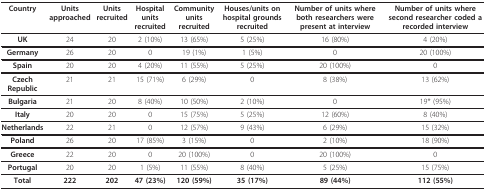
<table><thead><tr><td><b>Country</b></td><td><b>Units approached</b></td><td><b>Units recruited</b></td><td><b>Hospital units recruited</b></td><td><b>Community units recruited</b></td><td><b>Houses/units on hospital grounds recruited</b></td><td><b>Number of units where both researchers were present at interview</b></td><td><b>Number of units where second researcher coded a recorded interview</b></td></tr></thead><tbody><tr><td><b>UK</b></td><td>24</td><td>20</td><td>2 (10%)</td><td>13 (65%)</td><td>5 (25%)</td><td>16 (80%)</td><td>4 (20%)</td></tr><tr><td><b>Germany</b></td><td>26</td><td>20</td><td>0</td><td>19 (1%)</td><td>1 (5%)</td><td>0</td><td>20 (100%)</td></tr><tr><td><b>Spain</b></td><td>20</td><td>20</td><td>4 (20%)</td><td>11 (55%)</td><td>5 (25%)</td><td>20 (100%)</td><td>0</td></tr><tr><td><b>Czech Republic</b></td><td>21</td><td>21</td><td>15 (71%)</td><td>6 (29%)</td><td>0</td><td>8 (38%)</td><td>13 (62%)</td></tr><tr><td><b>Bulgaria</b></td><td>21</td><td>20</td><td>8 (40%)</td><td>10 (50%)</td><td>2 (10%)</td><td>0</td><td>19* (95%)</td></tr><tr><td><b>Italy</b></td><td>20</td><td>20</td><td>0</td><td>15 (75%)</td><td>5 (25%)</td><td>12 (60%)</td><td>8 (40%)</td></tr><tr><td><b>Netherlands</b></td><td>22</td><td>21</td><td>0</td><td>12 (57%)</td><td>9 (43%)</td><td>6 (29%)</td><td>15 (32%)</td></tr><tr><td><b>Poland</b></td><td>26</td><td>20</td><td>17 (85%)</td><td>3 (15%)</td><td>0</td><td>2 (10%)</td><td>18 (90%)</td></tr><tr><td><b>Greece</b></td><td>22</td><td>20</td><td>0</td><td>20 (100%)</td><td>0</td><td>20 (100%)</td><td>0</td></tr><tr><td><b>Portugal</b></td><td>20</td><td>20</td><td>1 (5%)</td><td>11 (55%)</td><td>8 (40%)</td><td>5 (25%)</td><td>15 (75%)</td></tr><tr><td><b>Total</b></td><td><b>222</b></td><td><b>202</b></td><td><b>47 (23%)</b></td><td><b>120 (59%)</b></td><td><b>35 (17%)</b></td><td><b>89 (44%)</b></td><td><b>112 (55%)</b></td></tr></tbody></table>